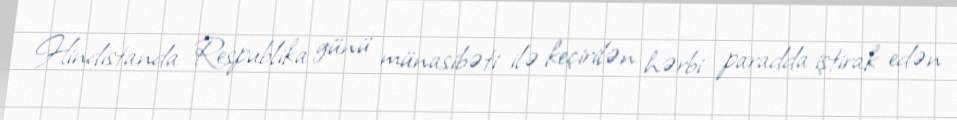
Hindistanda Respublika günü münasibəti ilə keçirilən hərbi paradda iştirak edən